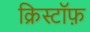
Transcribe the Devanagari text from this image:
क्रिस्टॉफ़